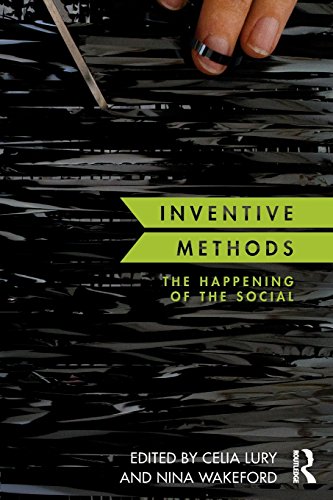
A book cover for Inventive Methods: The Happening of the Social (Culture, Economy, and the Social); Politics & Social Sciences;